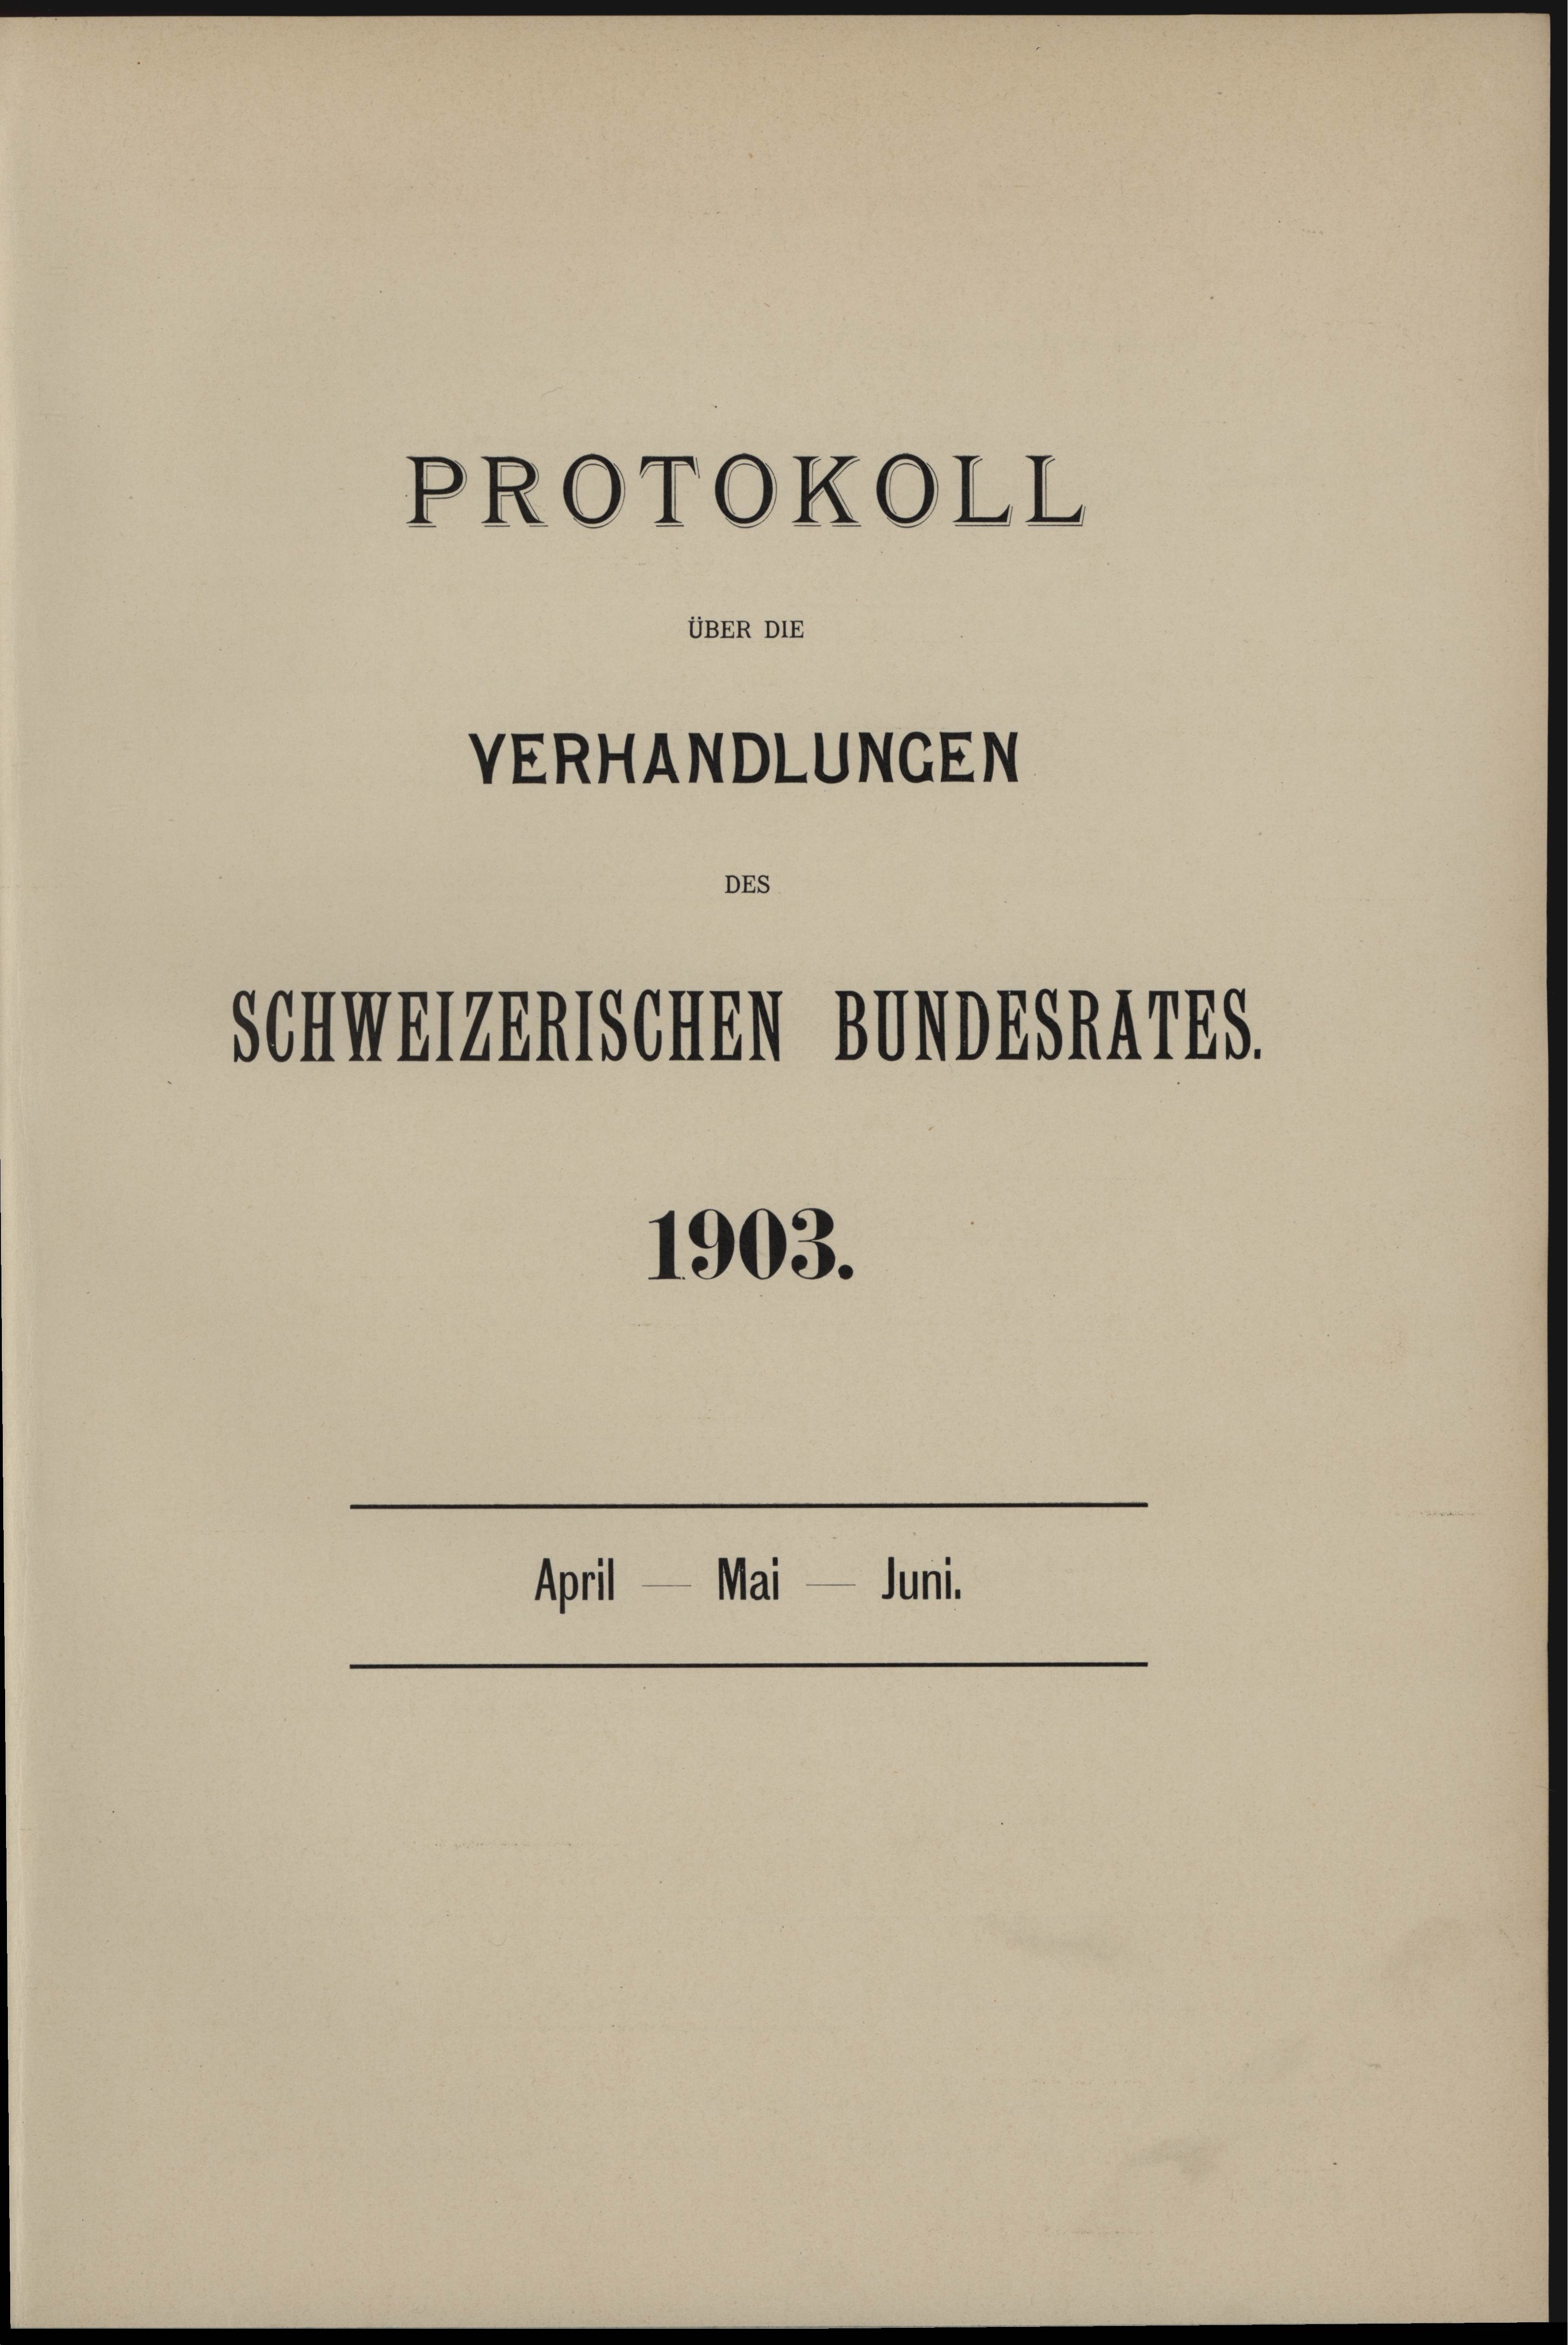
.
PROTO..OLL
UBER DIE
VERHANDLUNGEN
DES

Schweizerischen Sondesn4785.

April — Mai

1903.

e

Juni